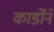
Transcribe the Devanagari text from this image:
कार्डोने